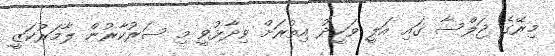
މިރޭގެ ޖަލްސާ ގައި އަލީ ވަހީދު އިތުރަށް ވިދާޅުވީ މި ސަރުކާރުން ލާމަރުކަޒީ